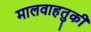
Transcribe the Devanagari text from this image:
मालवाहतुकी